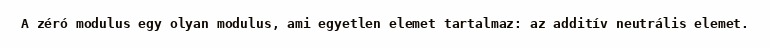
A zéró modulus egy olyan modulus, ami egyetlen elemet tartalmaz: az additív neutrális elemet.